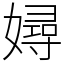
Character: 㜦